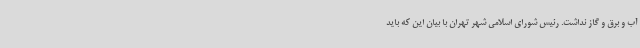
آب و برق و گاز نداشت. رئیس شورای اسلامی شهر تهران با بیان این که باید